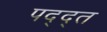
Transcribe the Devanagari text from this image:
पद्द्त